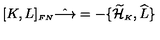
[ K , L ] _ { \scriptscriptstyle F N } \hat { \longrightarrow } = - \{ \widetilde { \cal H } _ { \scriptscriptstyle K } , \widehat { L } \}